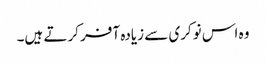
وہ اس نوکری سے زیادہ آفر کرتے ہیں۔